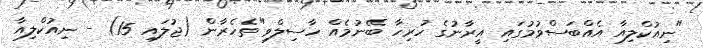
"ނިއުކްލިއާ އެއްބަސްވުމުގައި އީރާނުގެ ހުރިހާ ބޭނުމެއް ހާސިލްވި"ތެހެރާން (ޖުލައި 15) - ނިއުކްލިއާ